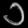
Digit: ၁